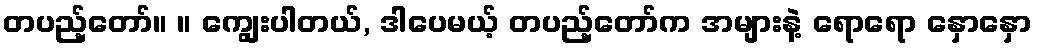
တပည့်တော်။ ။ ကျွေးပါတယ်, ဒါပေမယ့် တပည့်တော်က အများနဲ့ ရောရော နှောနှော